Triennial report on the lunatic asylums in the province of Eastern Bengal and Assam - 1903-1911
Year: 1903
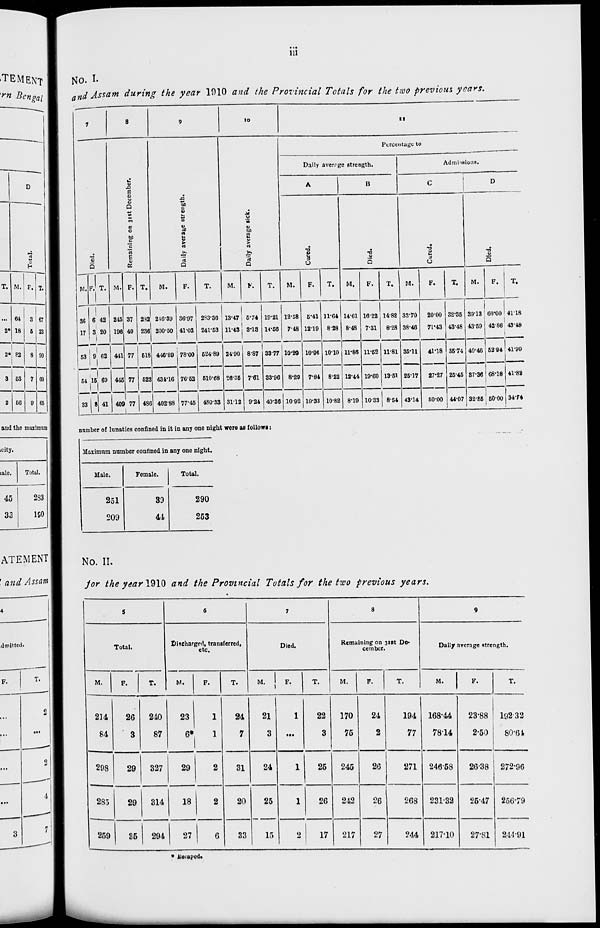
iii
No. I.
and Assam during the year 1910 and the Provincial Totals for the two previous years.
7
Died.
M.
36
17
53
54
33
F.
6
3
9
15
8
T.
42
20
62
69
41
8
Remaining on 31st December.
M.
245
196
441
445
409
F.
37
40
77
77
77
T.
282
236
518
522
486
9
Daily average strength.
M.
246.39
200.50
446.89
434.16
402.88
F.
36.97
41.03
78.00
76.52
77.45
T.
283.36
241.53
524.89
510.68
480.33
10
Daily average sick.
M.
13.47
11.43
24.90
26.35
31.12
F.
5.74
3.13
8.87
7.61
9.24
T.
19.21
14.56
33.77
33.96
40.36
11
Percentage to
Dally average strength.
A
I
Cured.
M.
12.58
7.48
10.29
8.29
10.92
F.
5.41
12.19
10.96
7.84
10.33
T.
11.64
8.28
10.10
8.22
10.82
B
Died.
M.
14.61
8.48
11.86
12.44
8.19
F.
16.22
7.31
11.52
19.60
10.33
T.
14.82
8.28
11.81
13.51
8.54
Admissions.
C
Cured.
M.
33.70
38.46
35.11
25.17
43.14
F.
20.00
71.43
41.18
27.27
50.00
T.
32.35
43.48
36.74
25.45
44.07
D
Died.
M.
39.13
43.59
40.46
37.36
32.35
F.
60.00
42.86
52.94
68.18
50.00
T.
41.18
43.48
41.99
41.82
34.74
number of lunatics confined in it in any one night were as follows:
Maximum number confined in any one night.
Male.
251
209
Female.
39
44
Total.
290
253
No. II.
for the year 1910 and the Provincial Totals for the two previous years.
5
Total.
M.
214
84
298
285
259
F.
26
3
29
29
35
T.
240
87
327
314
294
6
Discharged, transferred,
etc.
M.
23
6*
29
18
27
F.
1
1
2
2
6
T.
24
7
31
20
33
7
Died.
M.
21
3
24
25
15
F.
1
...
1
1
2
T.
22
3
25
26
17
8
Remaining on 31st De-
cember.
M.
170
75
245
242
217
F.
24
2
26
26
27
T.
194
77
271
268
244
9
Daily average strength.
M.
168.44
78.14
246.58
231.32
217.10
F.
23.88
2.50
26.38
25.47
27.81
T.
192.32
80.64
272.96
256.79
244.91
* Escaped.